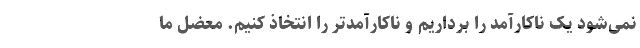
نمی‌شود یک ناکارآمد را برداریم و ناکارآمدتر را انتخاذ کنیم. معضل ما